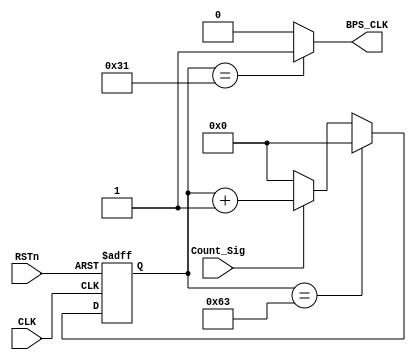
module tx_bps_module
(
    CLK, RSTn,
	Count_Sig, 
	BPS_CLK
);

    input CLK;
	input RSTn;
	input  Count_Sig;
	output BPS_CLK;
	 
	 /***************************/
	 
	 reg [15:0]Count_BPS;
//1000kbps	 
	 always @ ( posedge CLK or negedge RSTn )
	    if( !RSTn )
		     Count_BPS <= 16'd0;
		 else if( Count_BPS == 16'd99 )
		     Count_BPS <= 16'd0;
		 else if( Count_Sig )
		     Count_BPS <= Count_BPS + 1'b1;
		 else
		     Count_BPS <= 16'd0;
			  
	 /********************************/

    assign BPS_CLK = ( Count_BPS == 16'd49 ) ? 1'b1 : 1'b0;

    /*********************************/

endmodule